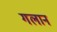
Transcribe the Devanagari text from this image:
गलान